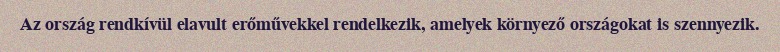
Az ország rendkívül elavult erőművekkel rendelkezik, amelyek környező országokat is szennyezik.